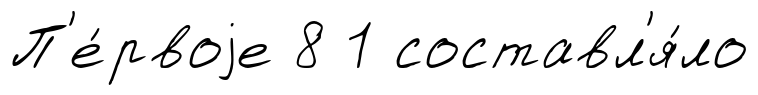
П'е́рвоjе 8 1 составл'я́ло